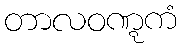
တာလဝဏ္ဋကံ